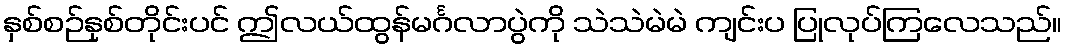
နှစ်စဉ်နှစ်တိုင်းပင် ဤလယ်ထွန်မင်္ဂလာပွဲကို သဲသဲမဲမဲ ကျင်းပ ပြုလုပ်ကြလေသည်။